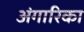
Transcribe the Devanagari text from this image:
अंगारिका